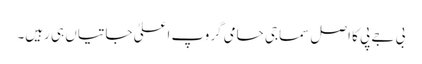
بی جے پی کا اصل سماجی حامی گروپ اعلیٰ جاتیاں ہی رہیں۔